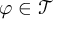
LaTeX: \varphi \in { \mathcal { T } }